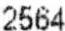
2564